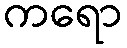
ကရော